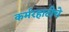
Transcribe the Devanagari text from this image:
कर्मरहाटीचे